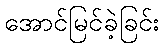
အောင်မြင်ခဲ့ခြင်း